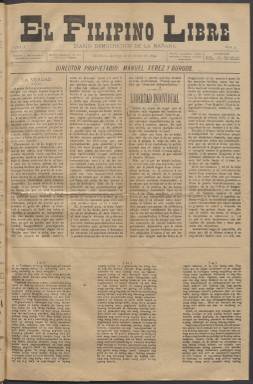
Título: El Filipino libre
Colección: Periódicos
Ámbito geográfico: Filipinas
Lugar de publicación: Manila
Fechas: 22/06/1899-30/09/1899